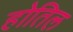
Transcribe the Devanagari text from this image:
होतिल